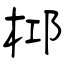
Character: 桏